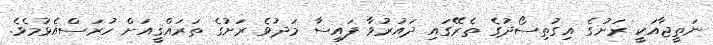
ނަތީޖާއަކީ ރަށުގެ އިގުތިސޯދުގެ ތެރޭގައި ދައުރުވާ ފައިސާ މަދުވެ ރަށުގެ ތަރައްޤީއަށް ހުރަސްއެޅުމެވެ.